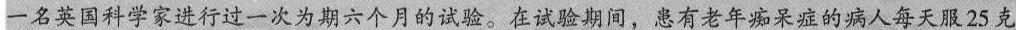
一名英国科学家进行过一次为期六个月的试验。在试验期间，患有老年痴呆症的病人每天服25克